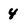
Character: 4